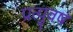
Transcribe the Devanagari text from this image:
प्रत्युवष